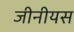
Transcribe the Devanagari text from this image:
जीनीयस